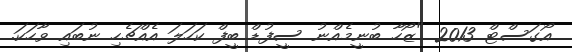
އޯގަސްޓް 2013 "ޒޯހާ ބުނީމެއްނު ސީފުޑް ބީފް ކަހަލަ އެއްޗެހި ނުބައި ވާހަކަ.